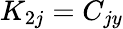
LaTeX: K_{2j}=C_{jy}